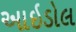
આઇડોલ